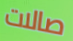
صالات